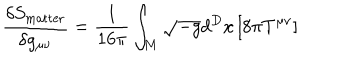
\frac { \delta S _ { \mathrm { m a t t e r } } } { \delta g _ { \mu \nu } } = \frac { 1 } { 1 6 \pi } \int _ { M } \sqrt { - g } d ^ { D } x \left[ 8 \pi T ^ { \mu \nu } \right]